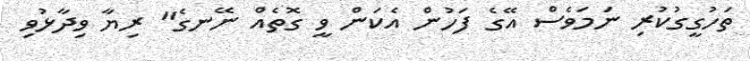
ތަހުގީގުކުރި ނަމަވެސް އޭގެ ފަހުން އެކަން ވީ ގޮތެއް ނޭނގެ" ރިޔާ ވިދާޅުވި